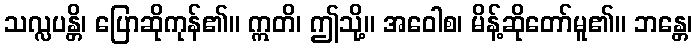
သလ္လပန္တိ၊ ပြောဆိုကုန်၏။ ဣတိ၊ ဤသို့။ အဝေါစ၊ မိန့်ဆိုတော်မူ၏။ ဘန္တေ၊